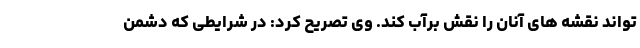
تواند نقشه های آنان را نقش برآب کند. وی تصریح کرد: در شرایطی که دشمن